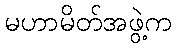
မဟာမိတ်အဖွဲ့က